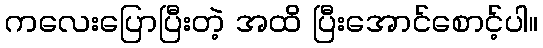
ကလေးပြောပြီးတဲ့ အထိ ပြီးအောင်စောင့်ပါ။